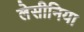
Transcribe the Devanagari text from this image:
लेसीनिया